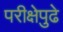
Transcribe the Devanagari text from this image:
परीक्षेपुढे